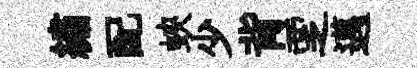
繡配蛺少背覂邁